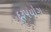
દૂરૂપયોગ